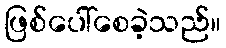
ဖြစ်ပေါ်စေခဲ့သည်။